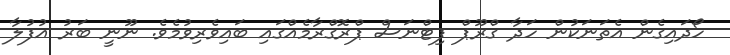
ހޯދައިގެން އެތަނަކުން ހަދާ ގްރޫޕް ފިޓްނަސް ޕްރޮގްރާމެއްގައި ބައިވެރިވުމެވެ. ނޫނީ ބަރު އުފުލާ